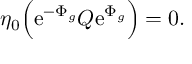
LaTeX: \eta _ { 0 } \Bigl ( \mathrm { e } ^ { - \Phi _ { g } } { \cal Q } \mathrm { e } ^ { \Phi _ { g } } \Bigr ) = 0 .